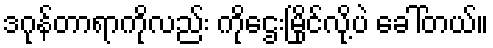
ဒဂုန်တာရာကိုလည်း ကိုဌေးမြိုင်လို့ပဲ ခေါ်တယ်။